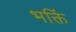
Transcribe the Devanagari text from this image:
भक्तिं